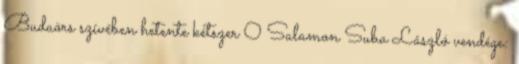
Budaörs szívében hetente kétszer 0 Salamon Suba László vendége: